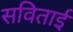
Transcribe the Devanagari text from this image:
सविताई